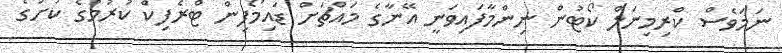
ނަމަވެސް ކްރިމިނަލް ކޯޓުން ނިންމާފައިވަނީ އޭނާގެ މައްޗަށް ޑައިމޯފިން ޓްރެފިކް ކުރުމުގެ ކުށުގެ